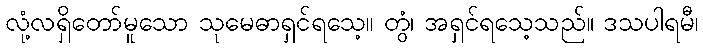
လုံ့လရှိတော်မူသော သုမေဓာရှင်ရသေ့။ တွံ၊ အရှင်ရသေ့သည်။ ဒသပါရမီ၊